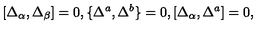
[ \Delta _ { \alpha } , \Delta _ { \beta } ] = 0 , \{ \Delta ^ { a } , \Delta ^ { b } \} = 0 , [ \Delta _ { \alpha } , \Delta ^ { a } ] = 0 ,